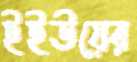
ইইউয়ের